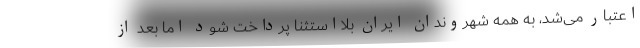
اعتبار می‌شد، به همه شهروندان ایران بلااستثنا پرداخت شود اما بعد از